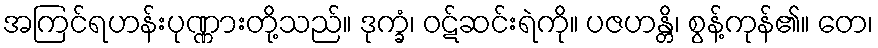
အကြင်ရဟန်းပုဏ္ဏားတို့သည်။ ဒုက္ခံ၊ ဝဋ်ဆင်းရဲကို။ ပဇဟန္တိ၊ စွန့်ကုန်၏။ တေ၊